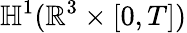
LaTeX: \mathbb{H}^{1}(\mathbb{R}^{3}\times[0,T])